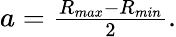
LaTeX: \begin{array}{r}{a=\frac{R_{max}-R_{min}}{2}.}\end{array}